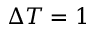
\Delta T = 1